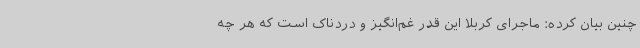
چنین بیان کرده: ماجرای کربلا این قدر غم‌انگیز و دردناک است که هر چه